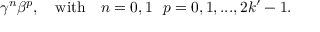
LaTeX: \gamma ^ { n } \beta ^ { p } , ~ ~ ~ \mathrm { w i t h } ~ ~ ~ n = 0 , 1 ~ ~ p = 0 , 1 , . . . , 2 k ^ { \prime } - 1 .